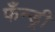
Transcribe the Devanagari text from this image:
फँन्ड्री